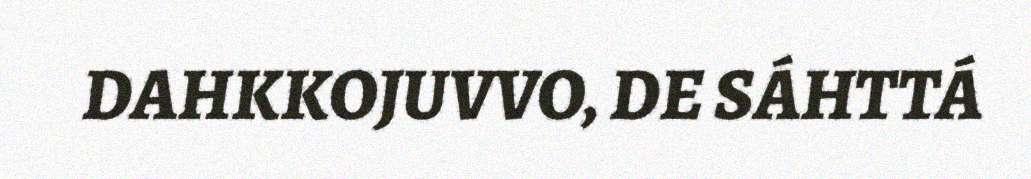
DAHKKOJUVVO, DE SÁHTTÁ